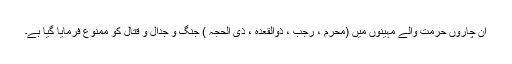
ان چاروں حرمت والے مہینوں میں (محرم ، رجب ، ذوالقعدہ ، ذی الحجہ ) جنگ و جدال و قتال کو ممنوع فرمایا گیا ہے۔